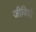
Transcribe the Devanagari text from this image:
जीवियो